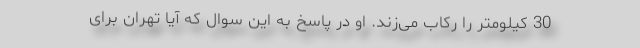
30 کیلومتر را رکاب می‌زند. او در پاسخ به این سوال که آیا تهران برای